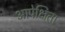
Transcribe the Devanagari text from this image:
आपेक्षिता